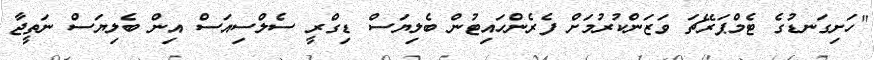
"ހަށިގަނޑުގެ ޓެމްޕަރޭޗަ ވަޒަންކުރުމަށް ފެރެންހައިޓުން ބެލިޔަސް ޑިގްރީ ސެލްސިއަސް އިން ބެލިޔަސް ނަތީޖާ